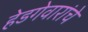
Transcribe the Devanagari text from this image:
हेडगेवारांचे